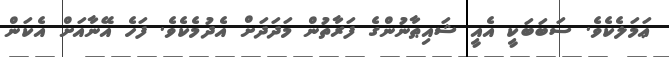
ޢަމަލެކެވެ. ސަބަބަކީ އެއީ ޝައިޠާނުންގެ ފަރާތުން މަދަދަށް އެދުމެކެވެ. ފަހެ އޭނާއަށް އެކަން